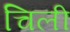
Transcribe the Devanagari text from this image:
चिली